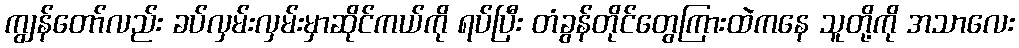
ကျွန်တော်လည်း ခပ်လှမ်းလှမ်းမှာဆိုင်ကယ်ကို ရပ်ပြီး တံခွန်တိုင်တွေကြားထဲကနေ သူတို့ကို အသာလေး